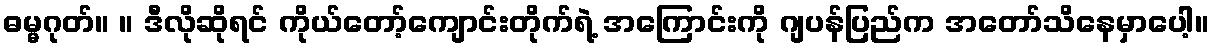
ဓမ္မဂုတ်။ ။ ဒီလိုဆိုရင် ကိုယ်တော့်ကျောင်းတိုက်ရဲ့ အကြောင်းကို ဂျပန်ပြည်က အတော်သိနေမှာပေါ့။